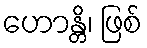
ဟောန္တိ၊ ဖြစ်